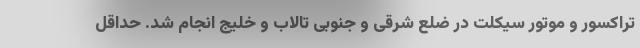
تراکسور و موتور سیکلت در ضلع شرقی و جنوبی تالاب و خلیج انجام شد. حداقل